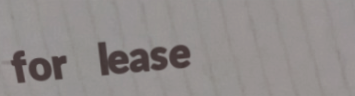
for lease